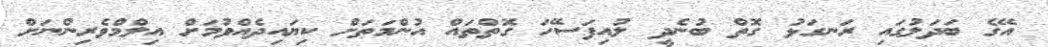
އޭގެ ބަދަލުގައި ރަނގަޅު ގޮތް ބުނެދީ ލުއިފަސޭހަ ގޮތްތައް އުންމަތަށް ކިޔައިދެއްވުމަށް އިލްމްވެރިންނަށް